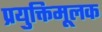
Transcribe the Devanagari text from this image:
प्रयुक्तिमूलक